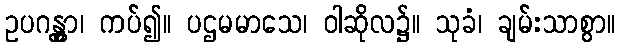
ဥပဂန္တွာ၊ ကပ်၍။ ပဌမမာသေ၊ ဝါဆိုလ၌။ သုခံ၊ ချမ်းသာစွာ။